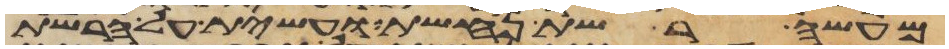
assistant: מעשה רשת נחשת ועשית על הרשת